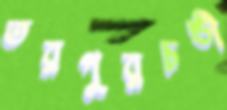
তরপুরচন্ডী